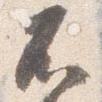
不